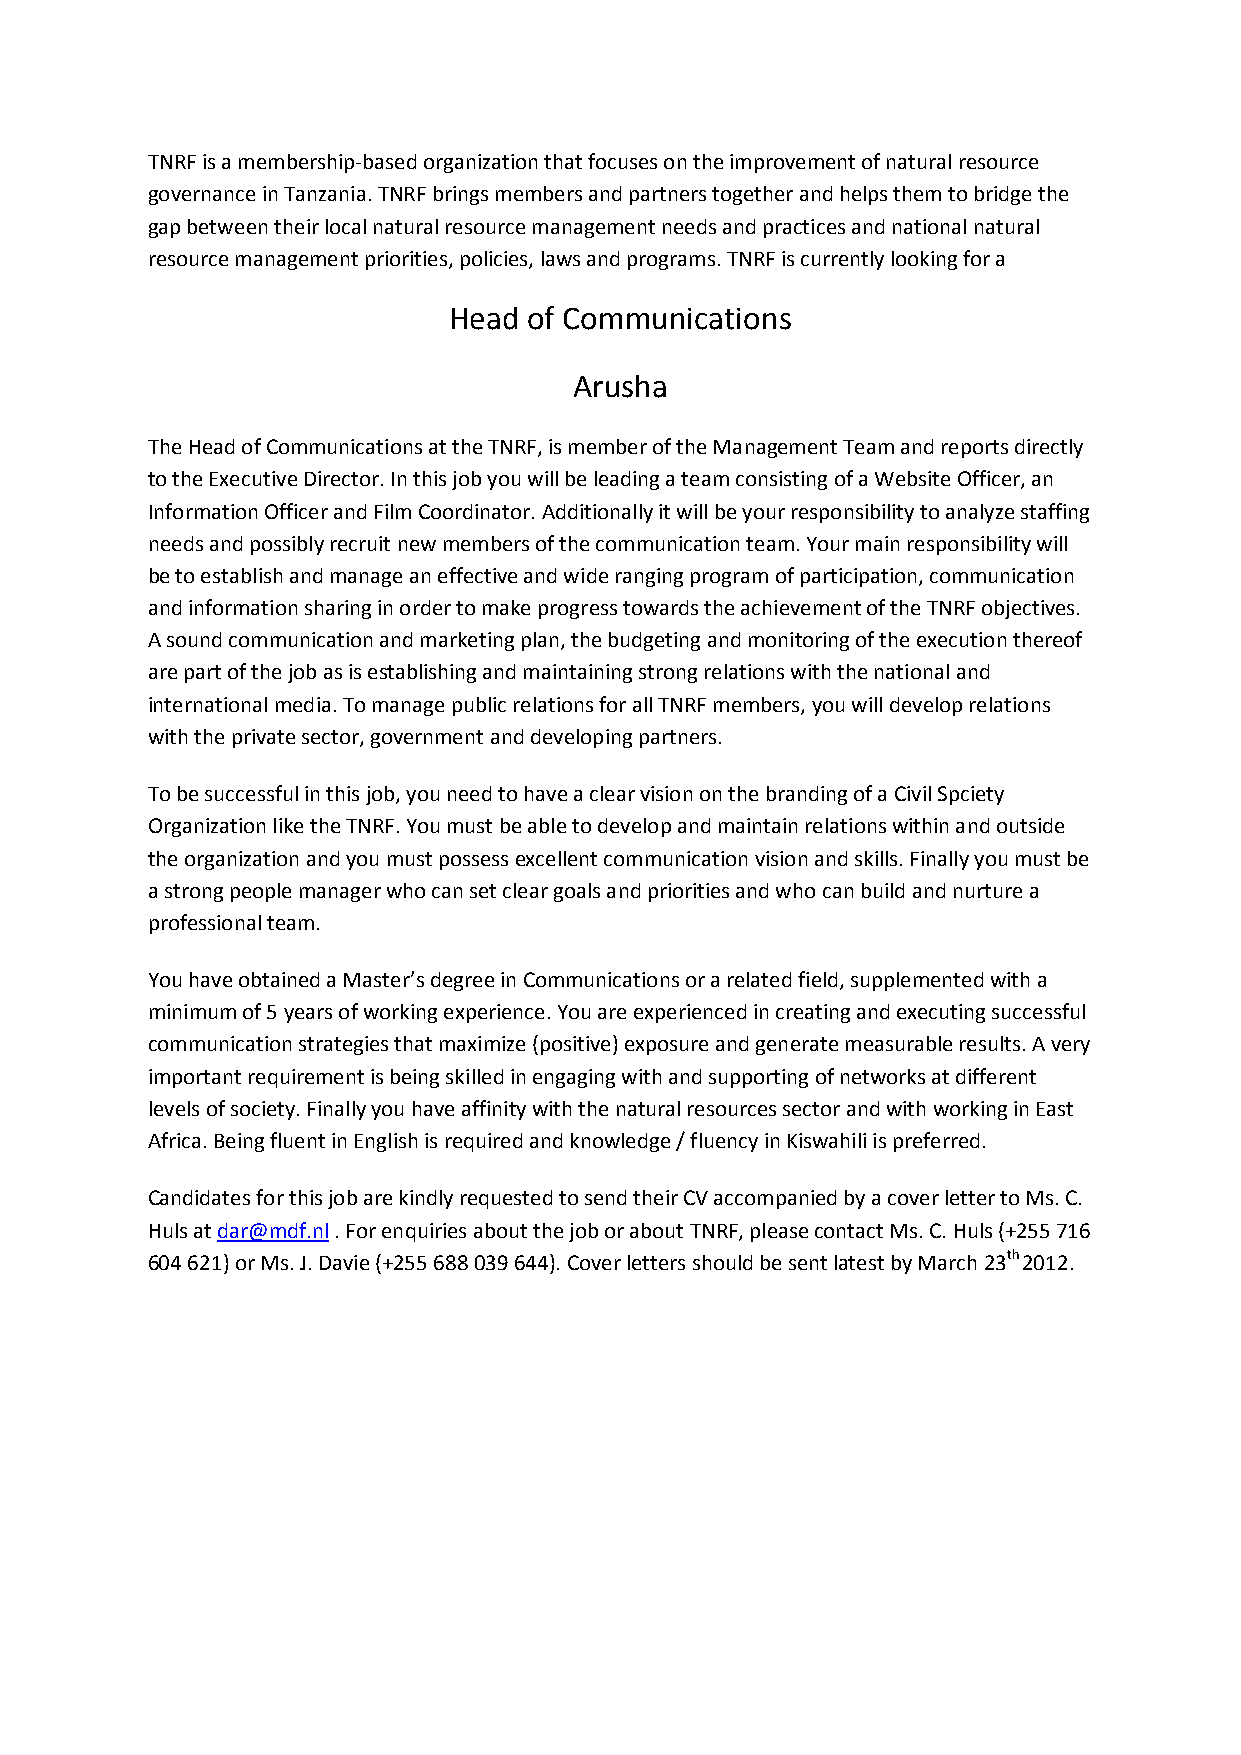
TNRF is a membership-based organization that focuses on the improvement of natural resource
 governance in Tanzania. TNRF brings members and partners together and helps them to bridge the
 gap between their local natural resource management needs and practices and national natural
 resource management priorities, policies, laws and programs. TNRF is currently looking for a
 Head of Communications
 Arusha
 The Head of Communications at the TNRF, is member of the Management Team and reports directly
 to the Executive Director. In this job you will be leading a team consisting of a Website Officer, an
 Information Officer and Film Coordinator. Additionally it will be your responsibility to analyze staffing
 needs and possibly recruit new members of the communication team. Your main responsibility will
 be to establish and manage an effective and wide ranging program of participation, communication
 and information sharing in order to make progress towards the achievement of the TNRF objectives.
 A sound communication and marketing plan, the budgeting and monitoring of the execution thereof
 are part of the job as is establishing and maintaining strong relations with the national and
 international media. To manage public relations for all TNRF members, you will develop relations
 with the private sector, government and developing partners.
 To be successful in this job, you need to have a clear vision on the branding of a Civil Spciety
 Organization like the TNRF. You must be able to develop and maintain relations within and outside
 the organization and you must possess excellent communication vision and skills. Finally you must be
 a strong people manager who can set clear goals and priorities and who can build and nurture a
 professional team.
 You have obtained a Master’s degree in Communications or a related field, supplemented with a
 minimum of 5 years of working experience. You are experienced in creating and executing successful
 communication strategies that maximize (positive) exposure and generate measurable results. A very
 important requirement is being skilled in engaging with and supporting of networks at different
 levels of society. Finally you have affinity with the natural resources sector and with working in East
 Africa. Being fluent in English is required and knowledge / fluency in Kiswahili is preferred.
 Candidates for this job are kindly requested to send their CV accompanied by a cover letter to Ms. C.
 Huls at dar@mdf.nl . For enquiries about the job or about TNRF, please contact Ms. C. Huls (+255 716
 604 621) or Ms. J. Davie (+255 688 039 644). Cover letters should be sent latest by March 23th 2012.